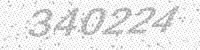
Solution: 340224